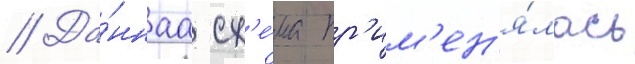
// Да́ннаа сх'е́ма пр'им'ен'я́лась